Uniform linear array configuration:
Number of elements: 16
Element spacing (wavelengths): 0.5
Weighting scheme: blackman
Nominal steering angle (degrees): -45
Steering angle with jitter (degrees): -43.462
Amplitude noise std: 0.05
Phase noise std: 0.05

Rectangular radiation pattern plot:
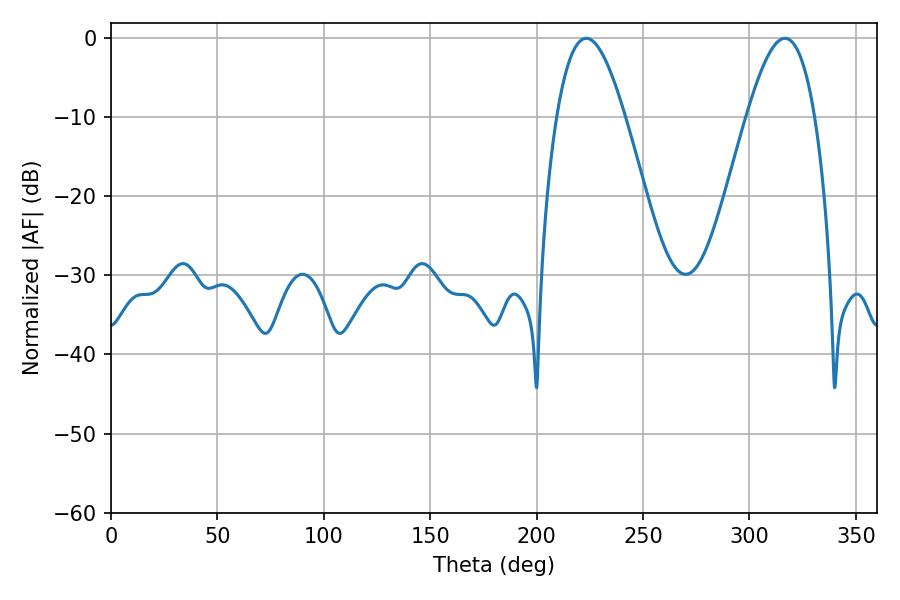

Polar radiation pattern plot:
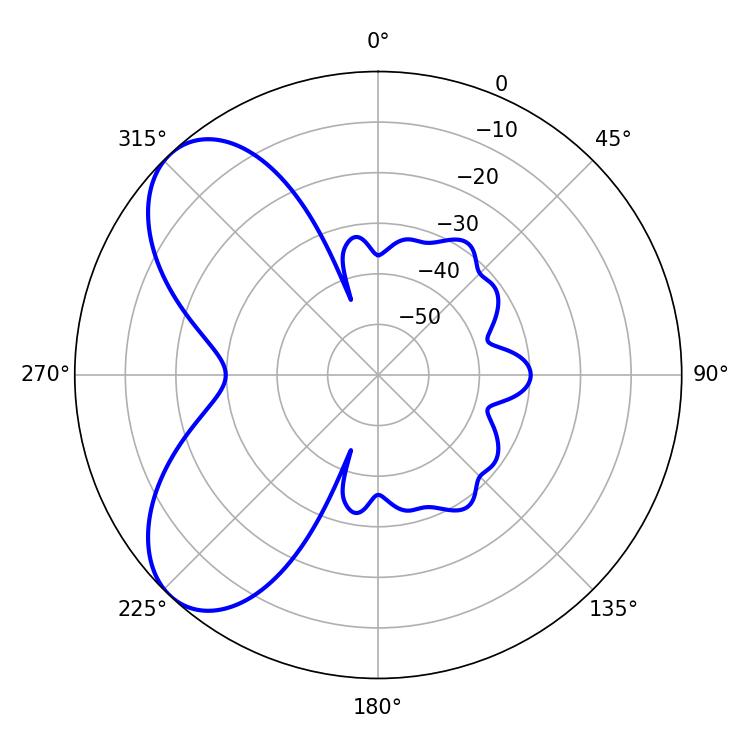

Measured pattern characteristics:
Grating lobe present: FALSE
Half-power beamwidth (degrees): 17.46
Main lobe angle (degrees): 223.38